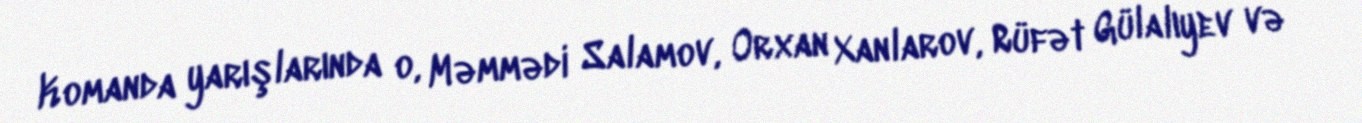
Komanda yarışlarında o, Məmmədi Salamov, Orxan Xanlarov, Rüfət Gülalıyev və